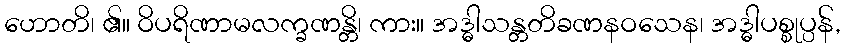
ဟောတိ၊ ၏။ ဝိပရိဏာမလက္ခဏန္တိ၊ ကား။ အဒ္ဓါသန္တတိခဏနဝသေန၊ အဒ္ဓါပစ္စုပ္ပန်,